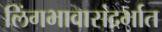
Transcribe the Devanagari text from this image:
लिंगभावासंदर्भात